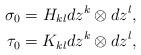
LaTeX: \begin{align*}\sigma_{0}=H_{kl}dz^{k}\otimes dz^{l},\\\tau_{0}=K_{kl}dz^{k}\otimes dz^{l},\end{align*}